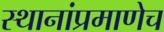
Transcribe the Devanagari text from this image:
स्थानांप्रमाणेच